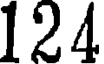
124